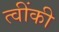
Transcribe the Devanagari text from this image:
त्वींकी